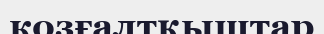
козғалтқыштар